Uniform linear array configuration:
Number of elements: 64
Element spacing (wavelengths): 0.75
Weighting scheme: cosine
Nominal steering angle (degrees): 15
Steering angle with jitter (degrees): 16.911
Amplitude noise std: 0.05
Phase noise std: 0.05

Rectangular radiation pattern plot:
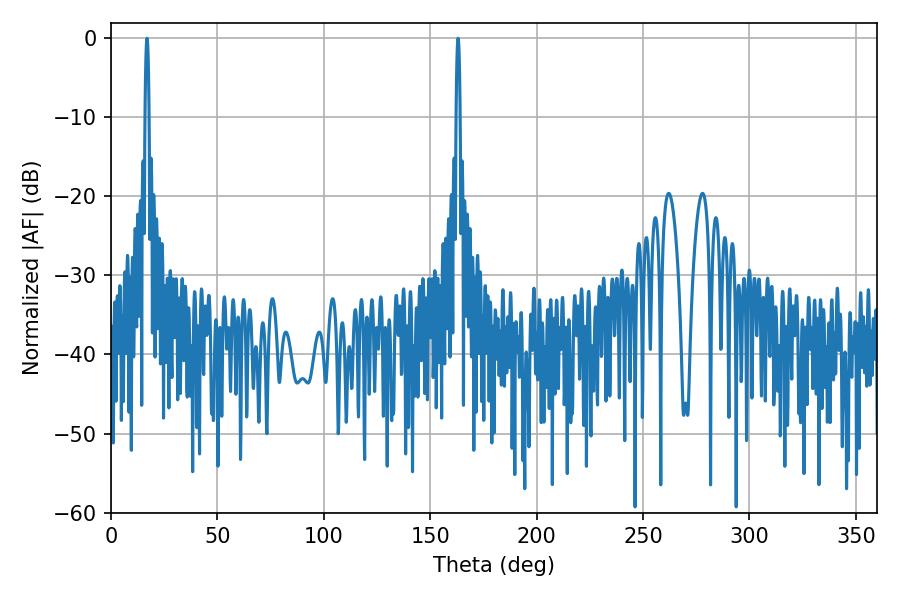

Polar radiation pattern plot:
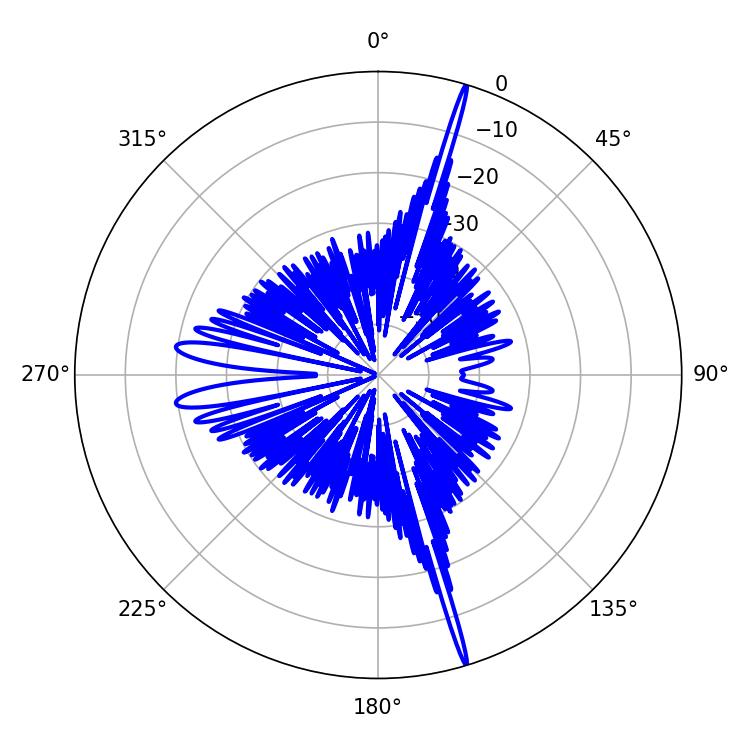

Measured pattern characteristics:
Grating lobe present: TRUE
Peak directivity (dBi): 22.926
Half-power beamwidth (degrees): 1.08
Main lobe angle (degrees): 16.92